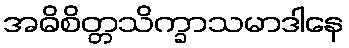
အဓိစိတ္တသိက္ခာသမာဒါနေ